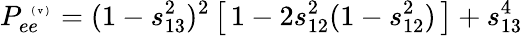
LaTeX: P_{ee}^{\mathrm{~\tiny~(~v~)~}}=(1-s_{13}^{2})^{2}\left[\, 1-2s_{12}^{2}(1-s_{12}^{2})\, \right]+s_{13}^{4}